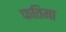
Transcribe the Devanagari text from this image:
फतिमा